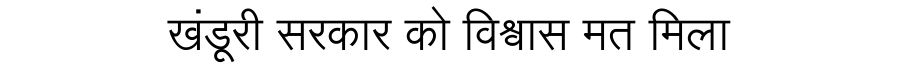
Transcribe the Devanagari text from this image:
खंडूरी सरकार को विश्वास मत मिला